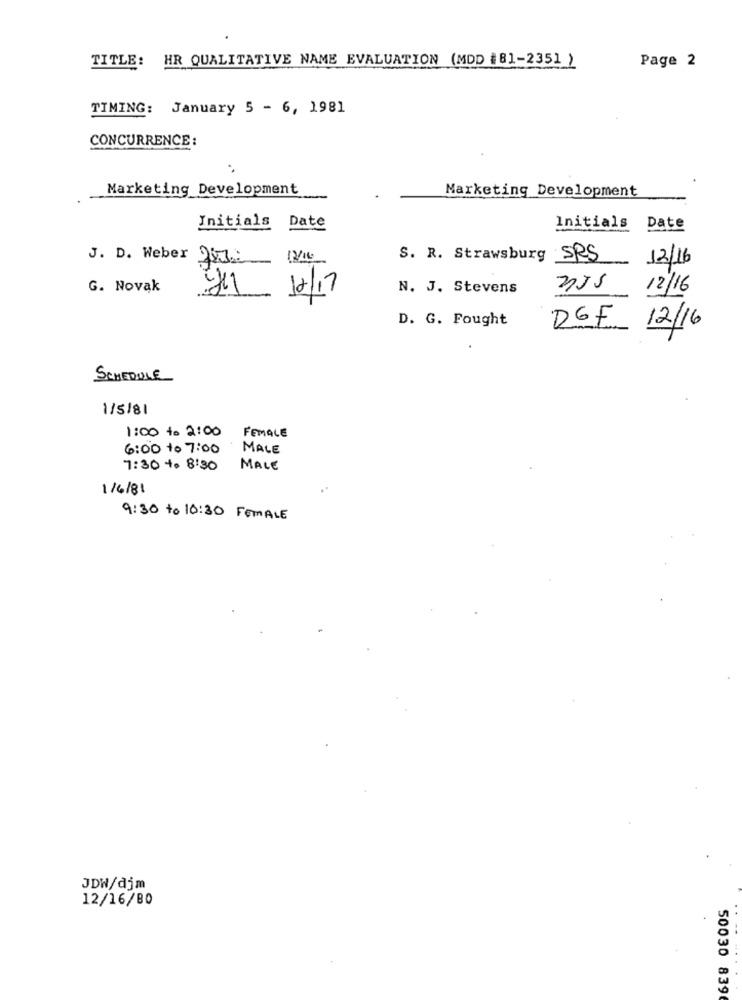
TITLE: HR QUALITATIVE NAME EVALUATION (MDD #81-2351 )
Page 2
TIMING: January 5 - 6, 1981
CONCURRENCE :
Marketing Development
Marketing Development
Initials Date
Initials Date
J. D. Weber 21:
12/10
S. R. Strawsburg SRS
12/16
G. Novąk
N. J. Stevens
12/16
12/17
D. G. Fought
12/16
SCHEDULE
1/5/81
1:00 to 2:00 FEMALE
6:00 to 7:00
MALE
7:30 + 8:30
MALE
1/6/81
9:30 to 10:30 FEMALE
JDW/djm
12/16/80
50030 839